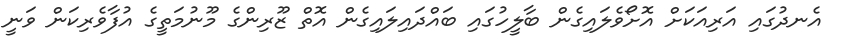
އެނދުގައި އަރިއަކަށް އޮށޯވެލައިގެން ބާލީހުގައި ބައްދައިލައިގެން އޮތް ޒޫރިންގެ މޫނުމަތީގެ އުފާވެރިކަން ވަނީ